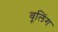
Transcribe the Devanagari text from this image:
वूलिंग